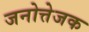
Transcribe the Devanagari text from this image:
जनोत्तेजक